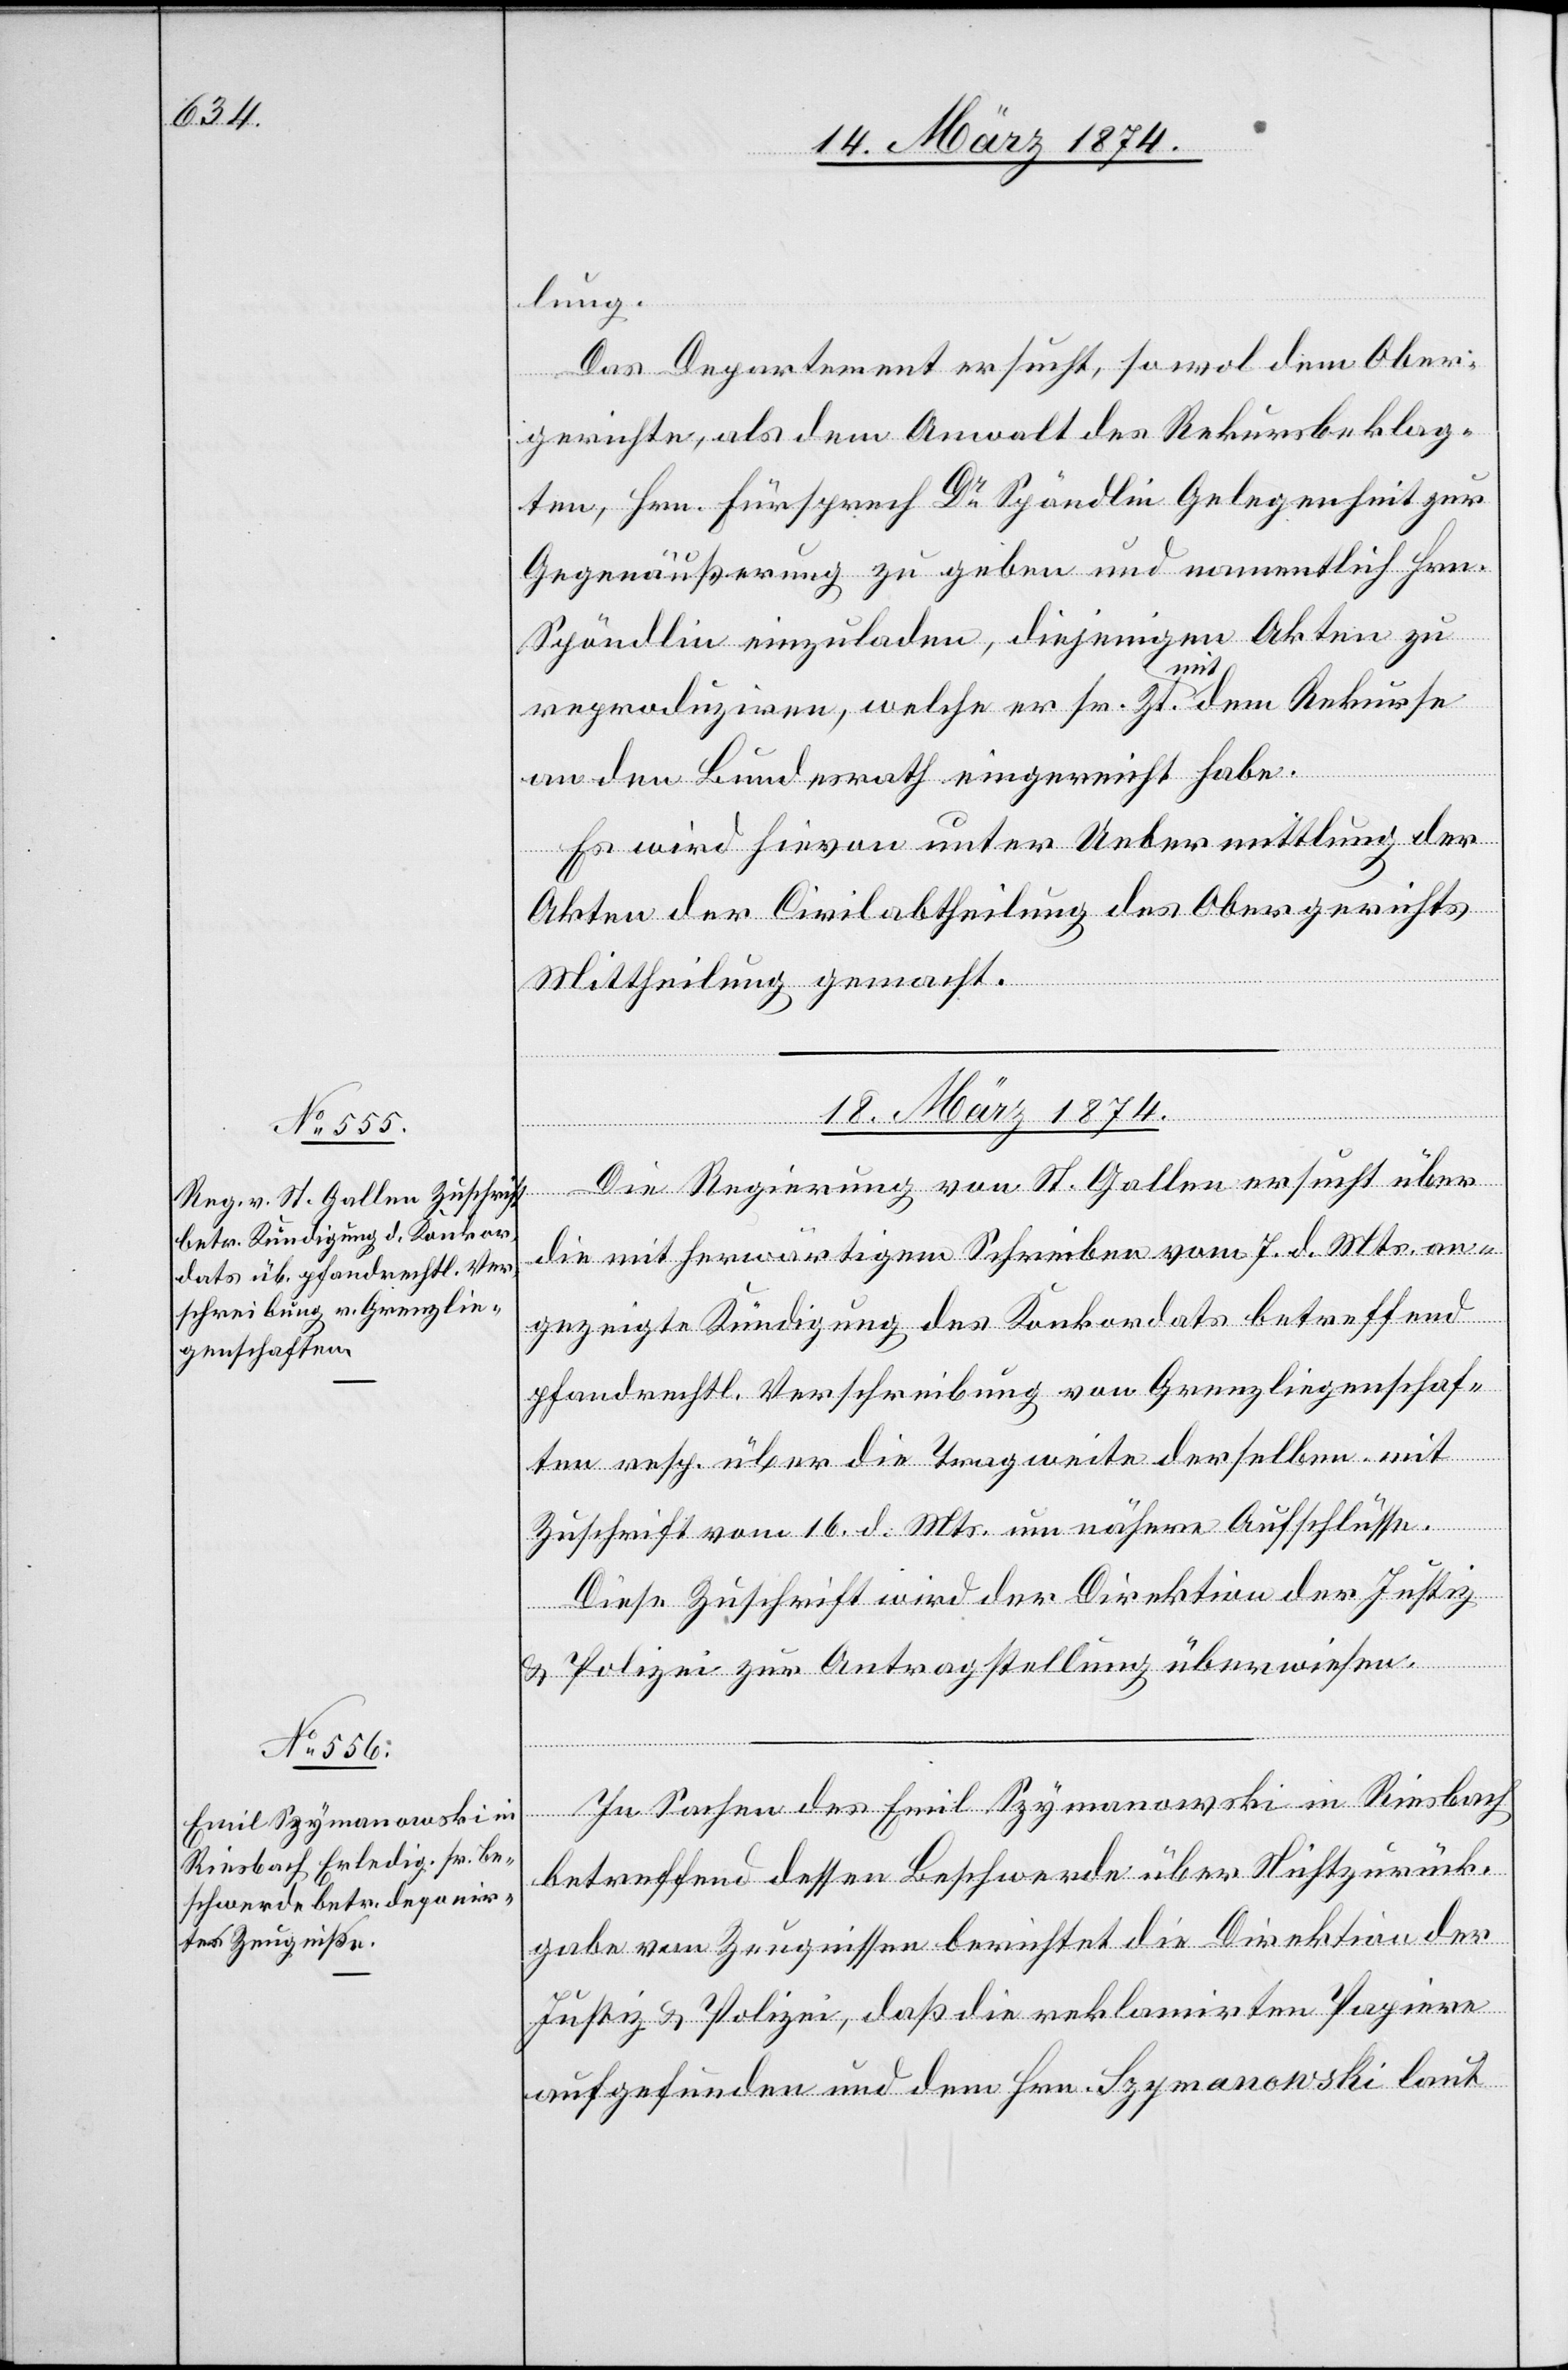
lung.
Das Departement ersucht, sowol dem Ober¬
gerichte, als dem Anwalt des Rekursbeklag¬
ten, Hrn. Fürsprecher Dr Spöndlin Gelegenheit zur
Gegenäußerung zu geben und namentlich Hrn.
Spöndlin einzuladen, diejenigen Akten zu
reproduziren, welche er sr. Zt. mit dem Rekurse
an den Bundesrath eingereicht habe.
Es wird hievon unter Uebermittlung der
Akten der Civilabtheilung des Obergerichtes
Mittheilung gemacht.
18. März 1874.]
Die Regierung von St. Gallen ersucht über
die mit herwärtigem Schreiben vom 7. d. Mts. an¬
gezeigte Kündigung des Konkordats betreffend
pfandrechtl. Verschreibung von Grenzliegenschaf¬
ten resp. über die Tragweite derselben mit
Zuschrift vom 16. d. Mts. um nähere Aufschlüsse.
Diese Zuschrift wird der Direktion der Justiz
u. Polizei zur Antragstellung überwiesen.
In Sachen des Emil Szymanowski in Riesbach
betreffend dessen Beschwerde über Nichtzurück¬
gabe von Zeugnissen berichtet die Direktion der
Justiz u. Polizei, daß die reklamirten Papiere
aufgefunden und dem Hrn. Szymanowski laut